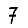
Digit: 7